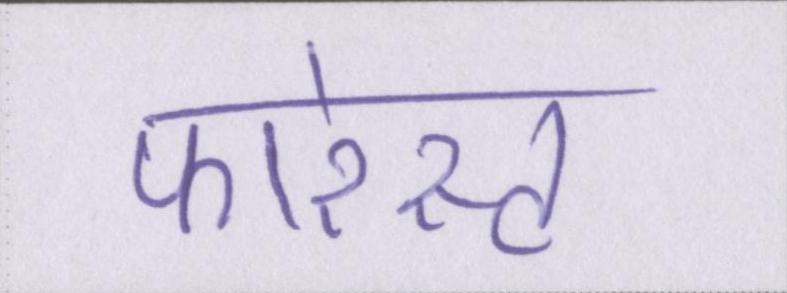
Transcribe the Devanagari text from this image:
फारेस्ट